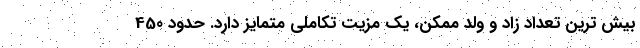
بیش ترین تعداد زاد و ولد ممکن، یک مزیت تکاملی متمایز دارد. حدود 450